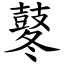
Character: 鼕